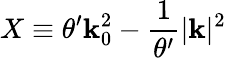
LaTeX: X\equiv\theta^{\prime}\mathbf{k}_{0}^{2}-\frac{{1}}{{\theta^{\prime}}}|\mathbf{{\mathbf{k}}}|^{2}